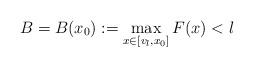
LaTeX: \begin{align*}B=B(x_0):=\max_{x\in [v_l,x_0]} F(x) < l\end{align*}